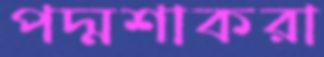
পদ্মশাকরা